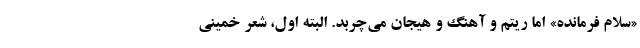
«سلام فرمانده» اما ریتم و آهنگ و هیجان می‌چربد. البته اول، شعر خمینی